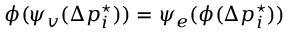
\phi ( \psi _ { v } ( \Delta p _ { i } ^ { \star } ) ) = \psi _ { e } ( \phi ( \Delta p _ { i } ^ { \star } ) )